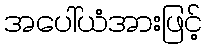
အပေါ်ယံအားဖြင့်